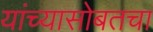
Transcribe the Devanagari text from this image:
यांच्यासोबतचा